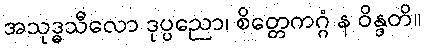
အသုဒ္ဓသီလော ဒုပ္ပညော၊ စိတ္တေကဂ္ဂံ န ဝိန္ဒတိ။